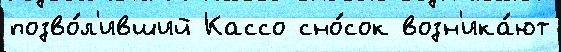
позво́л'ивший Кассо сно́сок возн'ика́ют